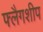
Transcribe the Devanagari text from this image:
फ्लैगशीप